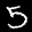
Label: 5